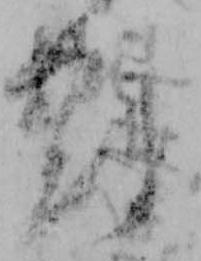
対